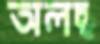
অলছ